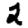
Digit: 2